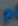
ام